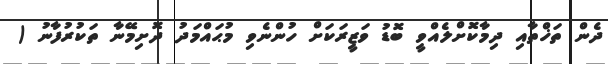
ދެން ތަޚްތާއި ދިމާކޮށްލެއްވީ ބޮޑު ވަޒީރަކަށް ހުންނެވި މުޙައްމަދު ދޮށިމޭނާ ތަކުރުފާނު (